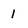
Character: 1